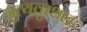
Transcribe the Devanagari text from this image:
नृत्यकुशल